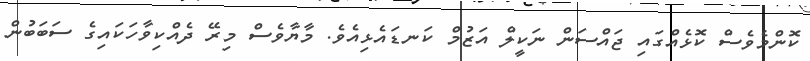
ކޮންމެވެސް ކޮޅެއްގައި ޖައްސަން ނަކީލް އަޒުމް ކަނޑައެޅިއެވެ. މާޔާވެސް މިރޭ ދެއްކިވާހަކައިގެ ސަބަބުން